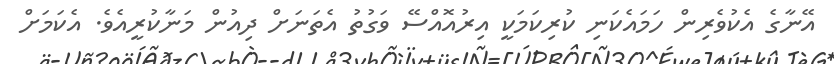
އޭނާގެ އެކުވެރިން ހަމައެކަނި ކުރިކަމަކީ އިރުއޮއްސޭ ވަގުތު އެތަނަށް ދިއުން މަނާކުރީއެވެ. އެކަމަށް